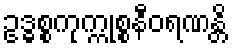
ဥဒ္ဓစ္စကုက္ကုစ္စနီဝရဏန္တိ